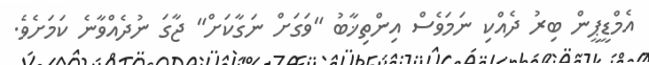
އެމްޑީޕީން ބިރު ދެއްކި ނަމަވެސް އިންތިޚާބު "ވަގަށް ނަގާކަށް" ޖާގަ ނުދެއްވާނެ ކަމަށެވެ.